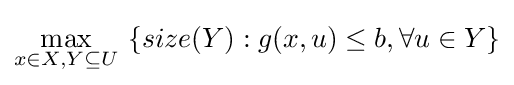
\max _{x\in X,Y\subseteq U}\ \{size(Y):g(x,u)\leq b,\forall u\in Y\}